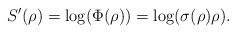
LaTeX: \begin{align*} S'(\rho) = \log(\Phi(\rho)) = \log(\sigma(\rho)\rho).\end{align*}